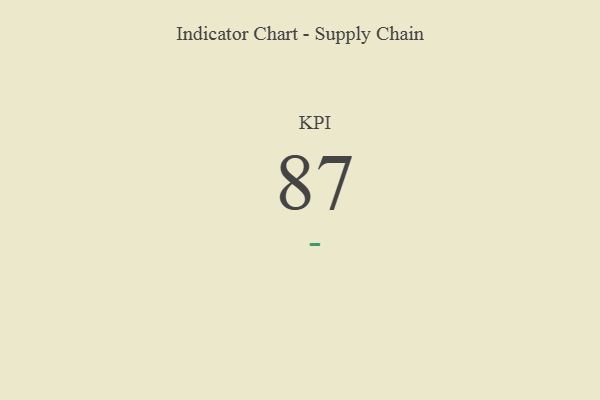
{"axis": {"x": "KPI", "y": "Value"}, "legend": [""], "data": [{"x": "KPI", "y": 87, "type": ""}]}